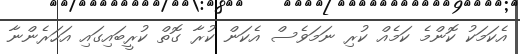
އެކަމަކު ކޮންމެ ކަމެއް ކުރި ނަމަވެސް އެކަން ކުރާ ގޮތް ކުރީބައިގައި އަހަރެންނާ